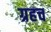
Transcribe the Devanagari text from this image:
ग्रहच